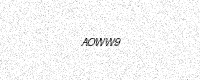
Text: AOWW9